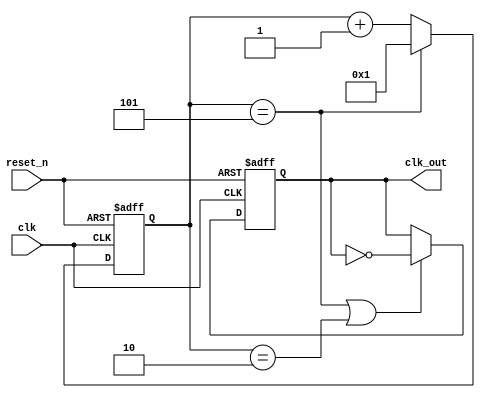
module divider_v ( reset_n,  clk, clk_out   );
input reset_n;
input clk;
output clk_out;

parameter divisor = 5 ;
parameter divisor2 = 2 ;

reg [31:0]  cnt1;
reg cnt2;

always@(posedge clk  or negedge reset_n)
begin
   if (reset_n == 0)
	    cnt1 <= 0;
	else if (cnt1 == divisor)
	    cnt1 <= 1;
	else 
	    cnt1 <= cnt1 + 1;
end


always@(posedge clk or negedge reset_n )
begin
    if (reset_n == 0)
	    cnt2 <= 0;
	else if (cnt1 == divisor || cnt1 == divisor2)
	    cnt2 <= ! cnt2;
end
///////////////////////////////////
assign  clk_out  =  cnt2;

endmodule